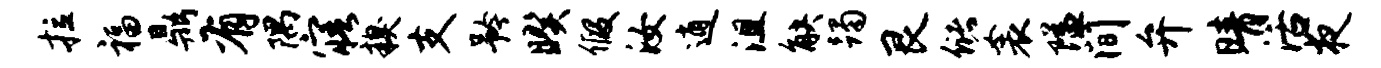
拉福鼎有隅寤糗支矜暌假汝逍沮觖躅艮储衾隘间弁晴活夜